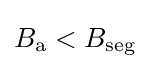
B_{\textrm {a}}<B_{\textrm {seg}}